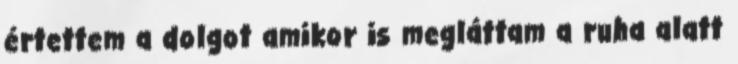
értettem a dolgot amikor is megláttam a ruha alatt